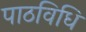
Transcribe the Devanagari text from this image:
पाठविधि